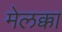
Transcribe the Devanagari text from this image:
मेलक्का